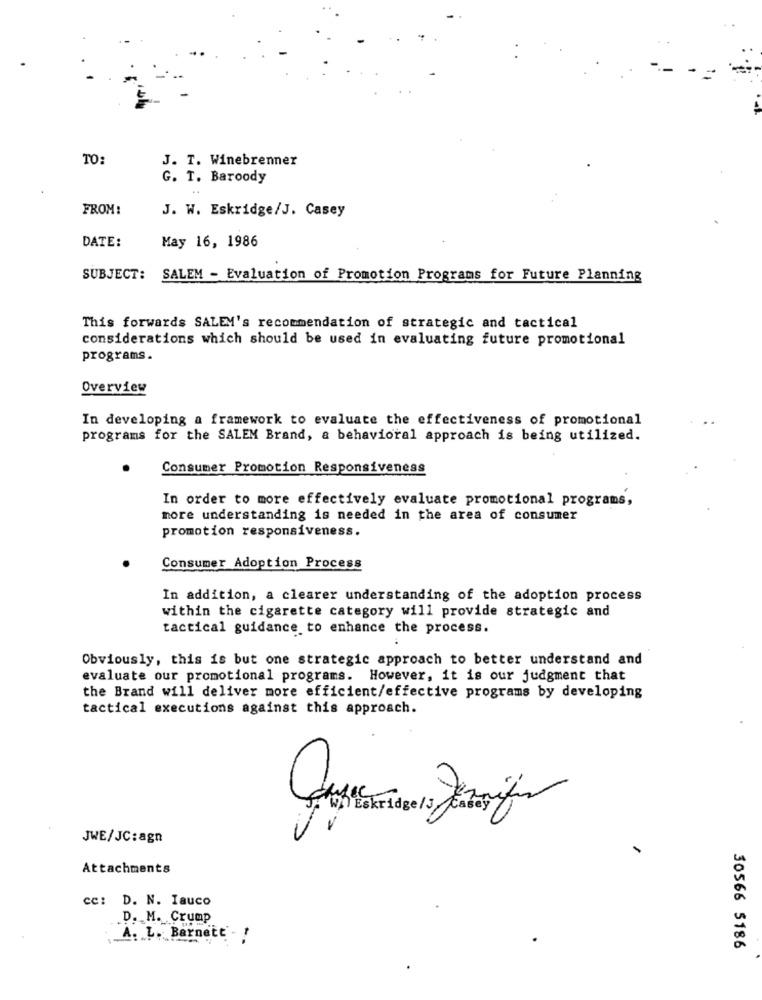
TO:
J. T. Winebrenner
G. T. Baroody
FROM:
J. W. Eskridge/J. Casey
DATE:
May 16, 1986
SUBJECT:
SALEM - Evaluation of Promotion Programs for Future Planning
This forwards SALEM's recommendation of strategic and tactical
considerations which should be used in evaluating future promotional
programs.
Overview
In developing a framework to evaluate the effectiveness of promotional
programs for the SALEM Brand, a behavioral approach is being utilized.
Consumer Promotion Responsiveness
In order to more effectively evaluate promotional programs,
more understanding is needed in the area of consumer
promotion responsiveness.
Consumer Adoption Process
In addition, a clearer understanding of the adoption process
within the cigarette category will provide strategic and
tactical guidance to enhance the process.
Obviously, this is but one strategic approach to better understand and
evaluate our promotional programs. However, it is our judgment that
the Brand will deliver more efficient/effective programs by developing
tactical executions against this approach.
JWE/JC:agn
Attachments
cc: D. N. Iauco
D. M. Crump
A. L. Barnett - !
30566 5186